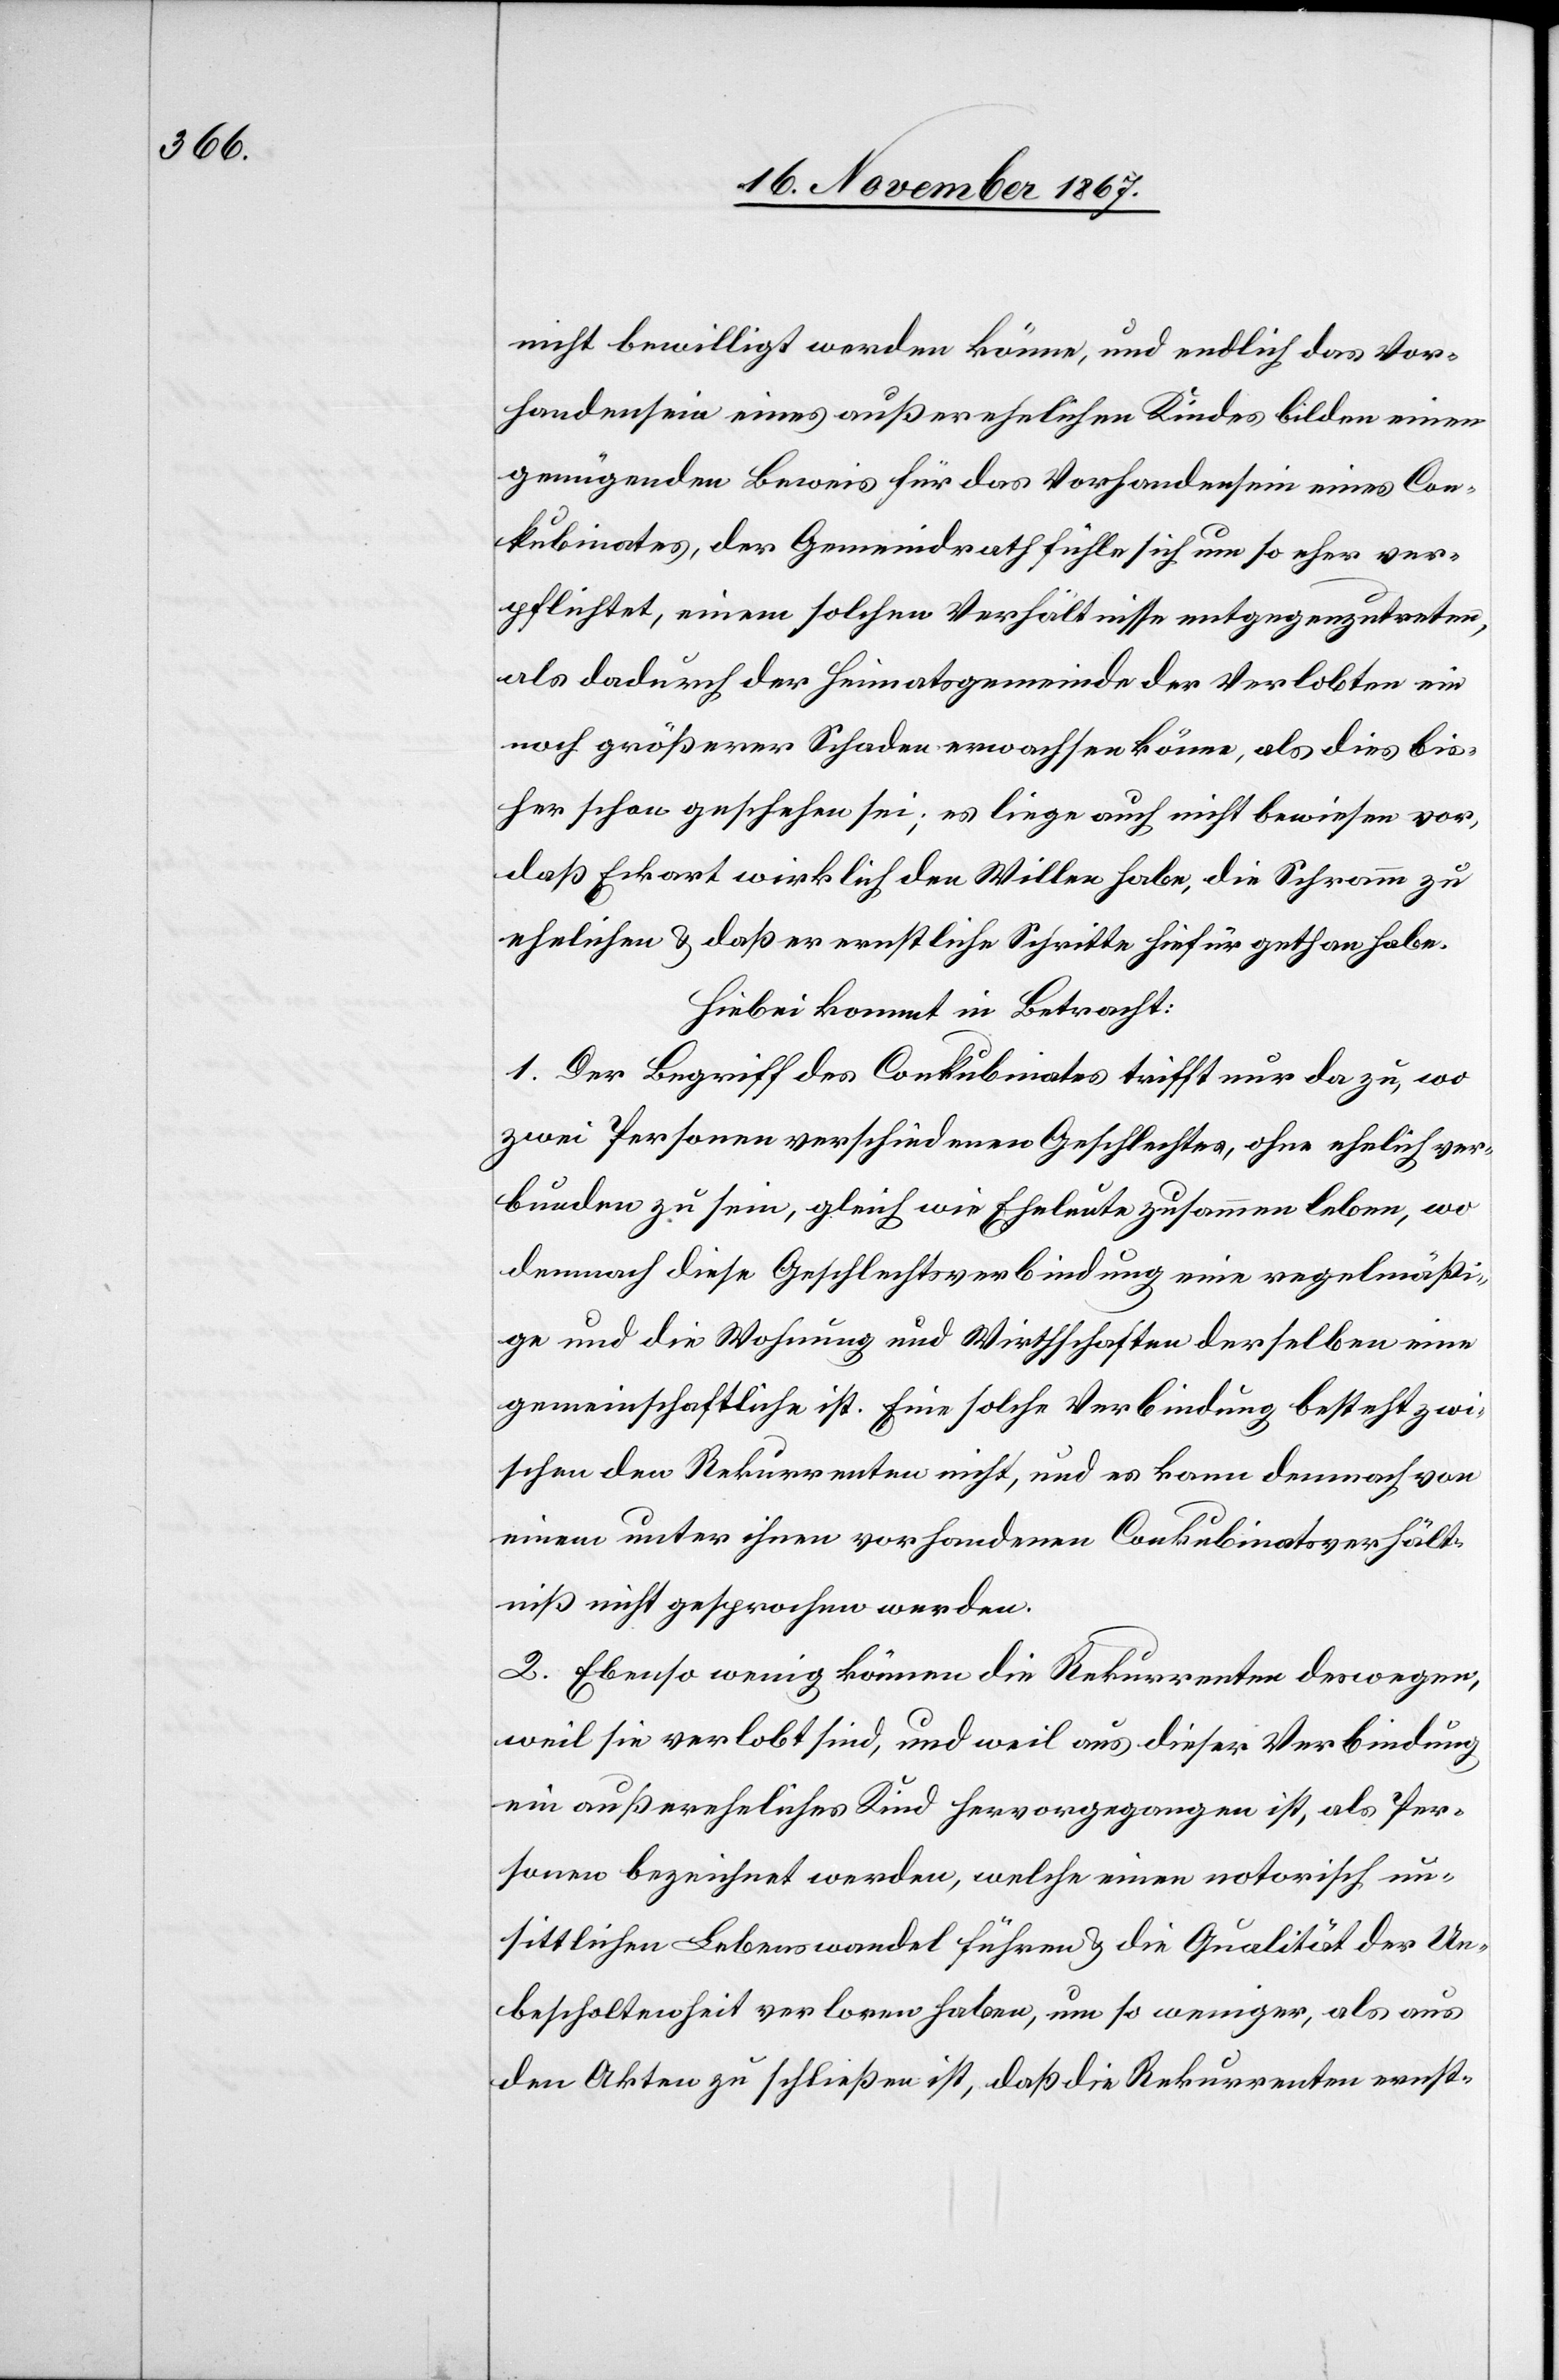
[sic!] bewilligt werden könne, und endlich das Vor¬
handensein eines außerehelichen Kindes bilden einen
genügenden Beweis für das Vorhandensein eines Con¬
kubinates, der Gemeindrath fühle sich um so eher ver¬
pflichtet, einem solchen Verhältnisse entgegenzutreten,
als dadurch der Heimatsgemeinde der Verlobten ein
noch größerer Schaden erwachsen könne, als dies bis¬
her schon geschehen sei; es liege auch nicht bewiesen vor,
daß Eckart wirklich den Willen habe, die Schramm zu
ehelichen u. daß er ernstliche Schritte hiefür gethan habe.
Hiebei kommt in Betracht:
1. Der Begriff des Conkubinats trifft nur da zu, wo
zwei Personen verschiedenen Geschlechtes, ohne ehelich ver¬
bunden zu sein, gleich wie Eheleute zusammen leben, wo
demnach diese Geschlechtsverbindung eine regelmäßi¬
ge und die Wohnung und Wirthschaften derselben eine
gemeinschaftliche ist. Eine solche Verbindung besteht zwi¬
schen den Rekurrenten nicht, und es kann demnach von
einem unter ihnen vorhandenen Conkubinatsverhält¬
niß nicht gesprochen werden.
2. Ebenso wenig können die Rekurrenten deswegen,
weil sie verlobt sind, und weil aus dieser Verbindung
ein außereheliches Kind hervorgegangen ist, als Per¬
sonen bezeichnet werden, welche einen notorisch un¬
sittlichen Lebenswandel führen u. die Qualität der Un¬
bescholtenheit verloren haben, um so weniger, als aus
den Akten zu schließen ist, daß die Rekurrenten ernst-